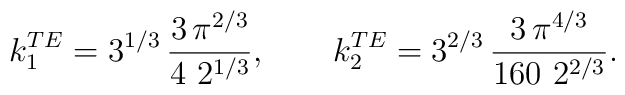
k_1^{TE}=3^{1/3}\,  \frac{3\, \pi^{2/3}}{4\  2^{1/3}}, \qquad  k_2^{TE}= {3}^{{2}/{3}}\,  \frac{3\,{\pi }^{{4}/{3}}}  {160\ 2^{2/3}}.